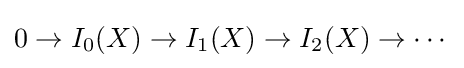
0\to I_{0}(X)\to I_{1}(X)\to I_{2}(X)\to \cdots